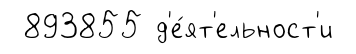
893855 д'е́ят'ельност'и